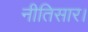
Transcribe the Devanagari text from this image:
नीतिसार।